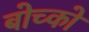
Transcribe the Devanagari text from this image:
बोच्को